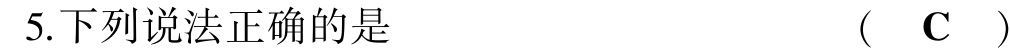
5.下列说法正确的是 （ C ）